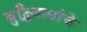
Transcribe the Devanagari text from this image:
बुद्धिवाद्यांचे